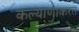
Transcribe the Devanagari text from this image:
कल्याणाकरत